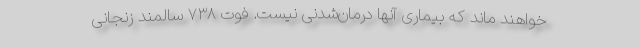
خواهند ماند که بیماری آنها درمان‌شدنی نیست. فوت ۷۳۸ سالمند زنجانی